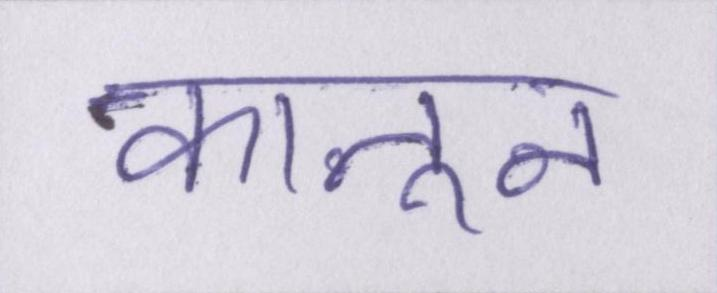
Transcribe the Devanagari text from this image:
कानून